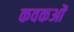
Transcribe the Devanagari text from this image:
कवकओं